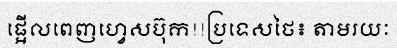
ផ្អើលពេញហ្វេសប៊ុក!!ប្រទេសថៃ៖ តាមរយៈ